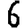
Digit: 6